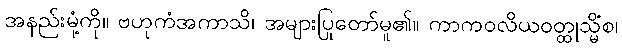
အနည်းမုံ့ကို။ ဗဟုကံအကာသိ၊ အများပြုတော်မူ၏။ ကာကဝလိယဝတ္ထုသ္မိံစ၊